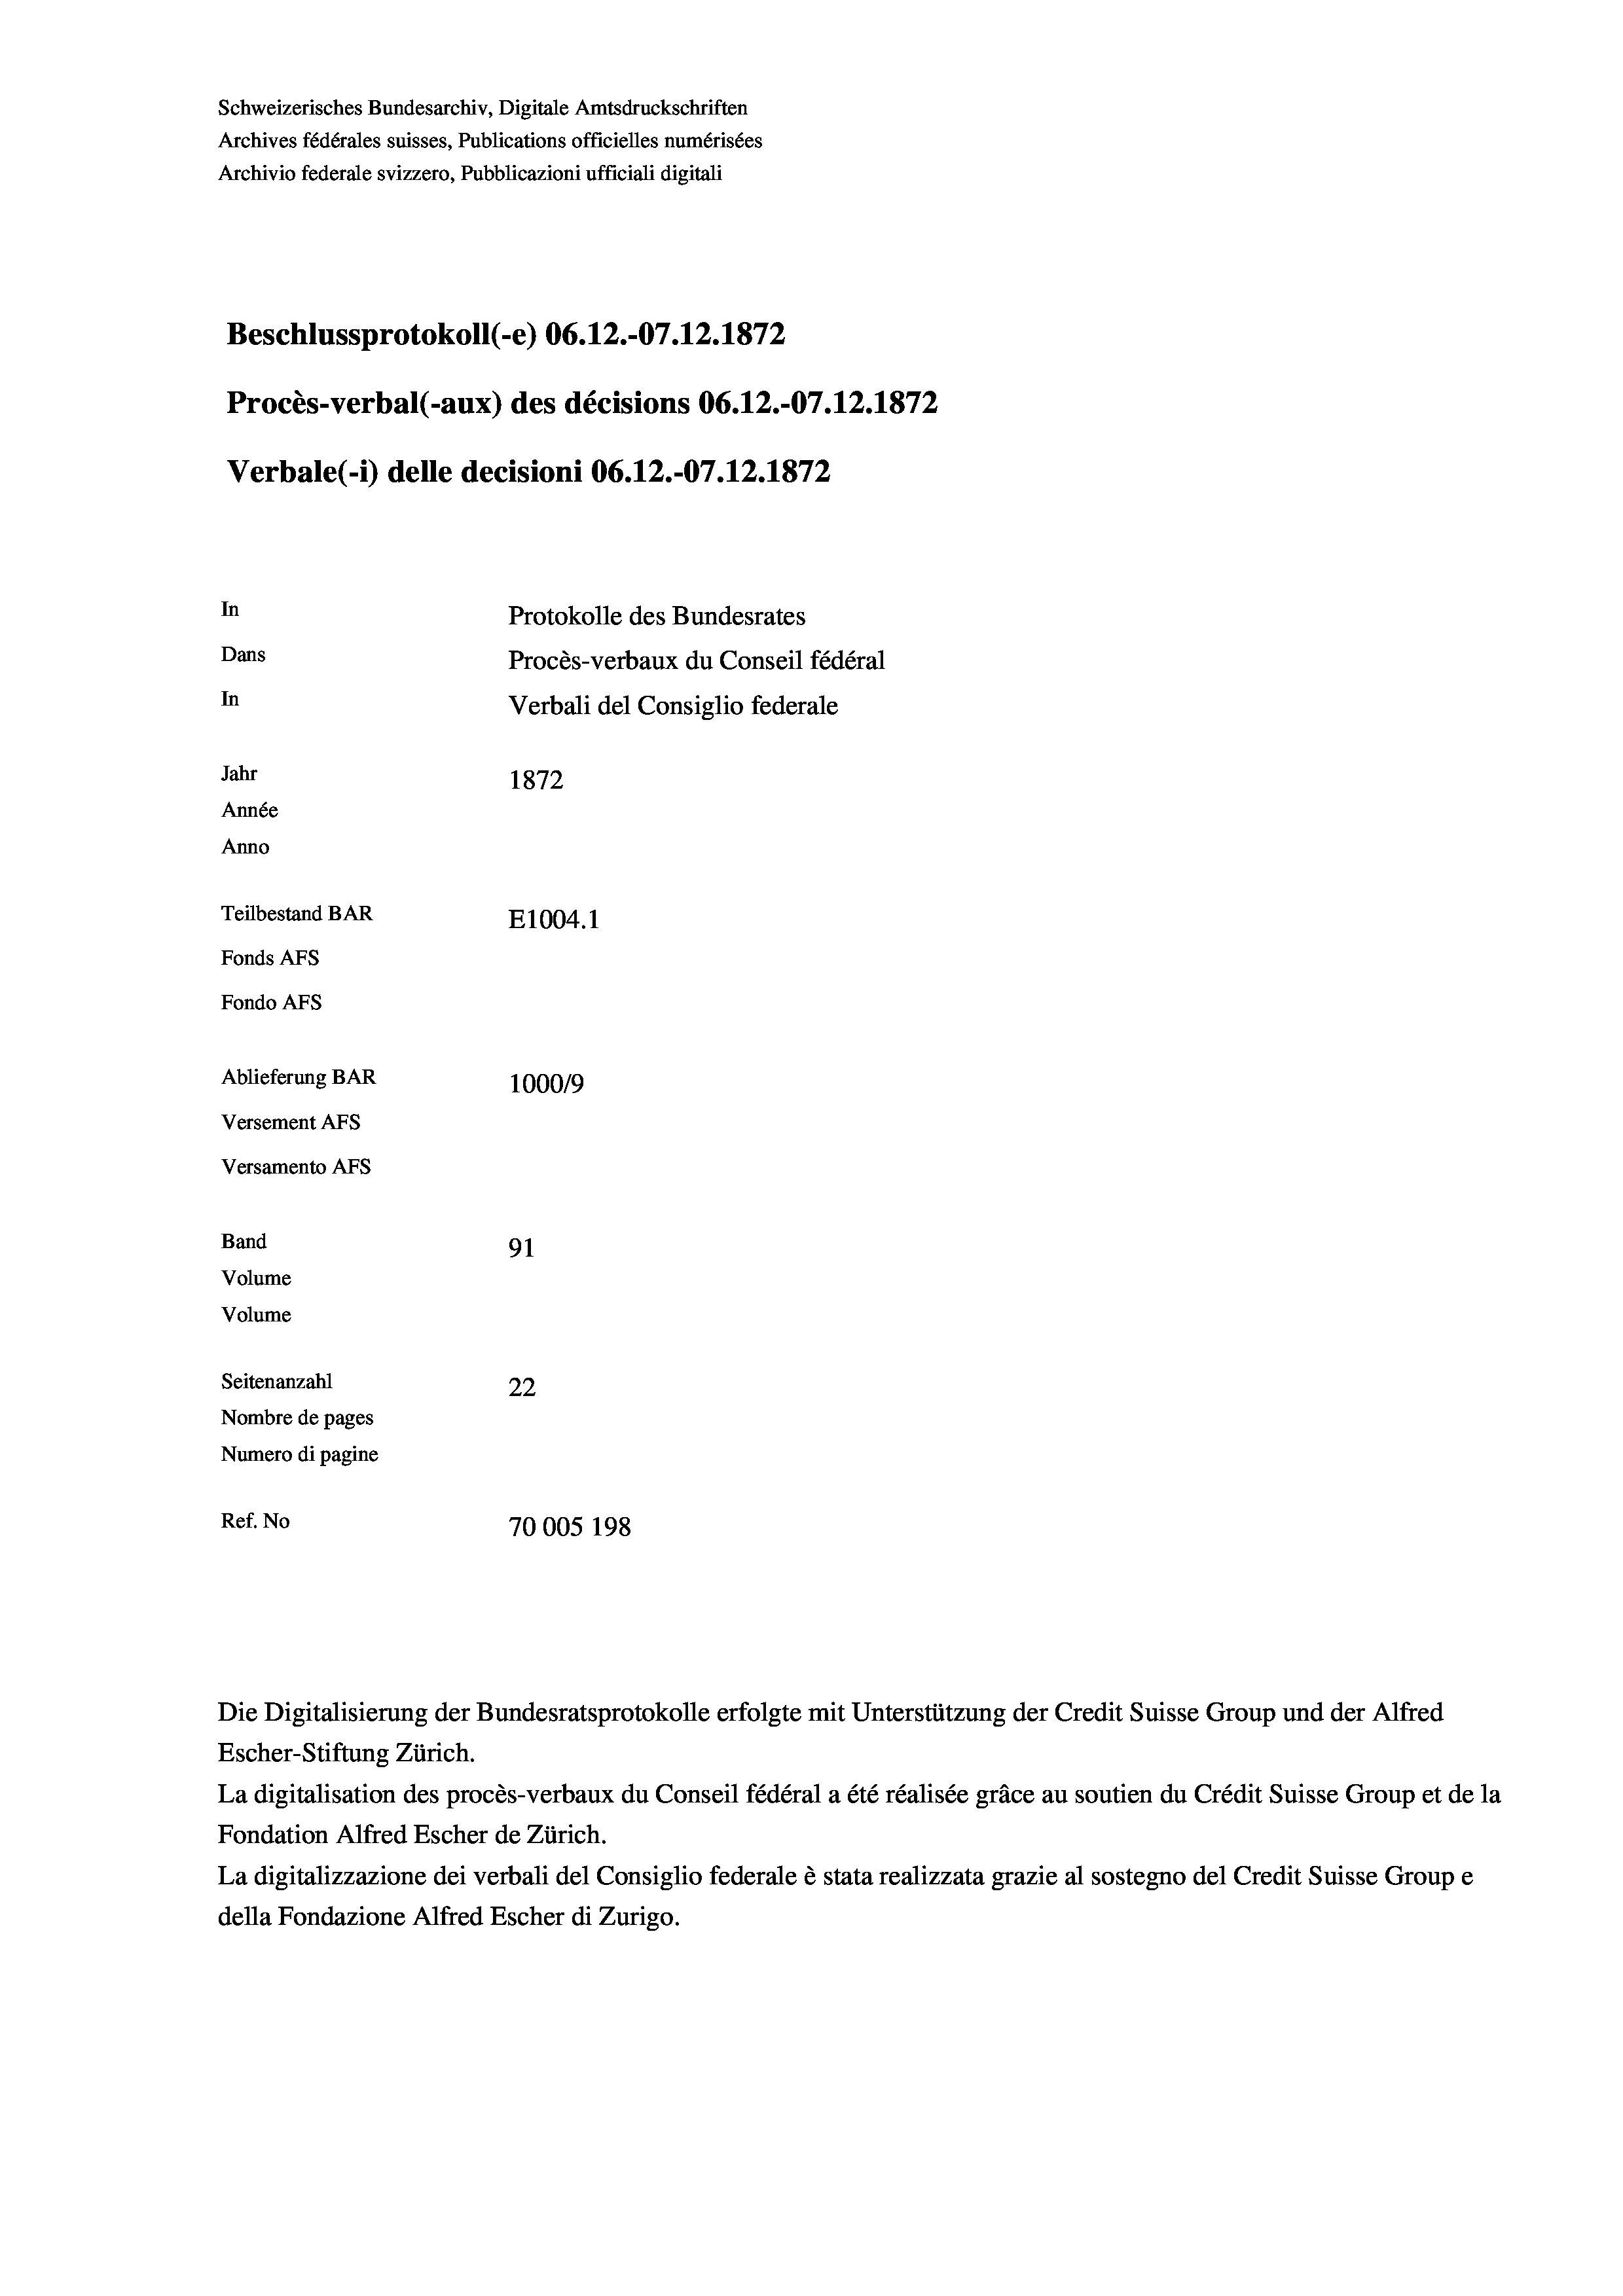
Schweizerisches Bundesarchiv, Digitale Amtsdruckschriften
Archives fédérales suisses, Publications officielles numérisées
Archivio federale svizzero, Pubblicazioni ufficiali digitali
Beschlussprotokoll (-e) 06.12.-07.12.1872
Procès-verbal (-aux) des décisions 06.12.-07.12.1872
Verbale (- 1) delle decisioni 06.12.-07.12.1872
In
Protokolle des Bundesrates
Dans
Procès-verbaux du Conseil fédéral
In
Verbali del Consiglio federale
Jahr
1872
Année
Anno
Teilbestand BAR
E1004. 1
Fonds AFs
Fondo AFs
Ablieferung BAR
100019
Versement AFs
Versamento Afs
Band
91
Volume
Volume
Seitenanzahl
22
Nombre de pages
Numero di pagine
Ref. No
70005 198

Escher-Stiftung Zürich.
La digitalisation des procès-verbaux du Conseil fédéral a été réalisée gräce au soutien du Crédit Suisse Group et de la
Fondation Alfred Escher de Zürich.
La digitalizzazione dei verbali del Consiglio federale è stata realizzata grazie al sostegno del Credit Suisse Groupe
della Fondazione Alfred Escher di Zurigo.

Die Digitalisierung der Bundesratsprotokolle erfolgte mit Unterstützung der Credit Suisse Group und der Alfred